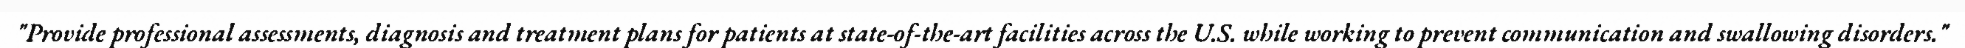
"Provide professional assessments, diagnosis and treatment plans for patients at state-of-the-art facilities across the U.S. while working to prevent communication and swallowing disorders."